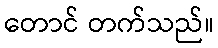
တောင် တက်သည်။